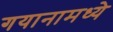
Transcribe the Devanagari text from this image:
गयानामध्ये